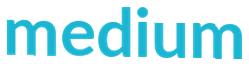
medium